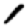
Digit: 1